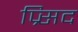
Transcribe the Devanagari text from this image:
प्र्सिद